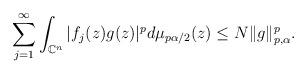
LaTeX: \begin{align*}\sum_{j=1}^\infty \int_{\mathbb{C}^n} |f_j(z)g(z)|^p d\mu_{p\alpha/2} (z) \leq N \| g\|_{p,\alpha}^p.\end{align*}